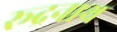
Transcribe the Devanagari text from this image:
रूद्रनाथ